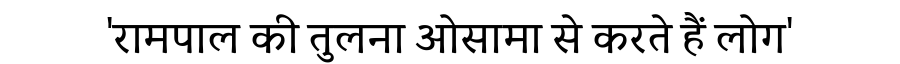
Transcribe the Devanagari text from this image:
'रामपाल की तुलना ओसामा से करते हैं लोग'